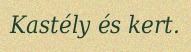
Kastély és kert.